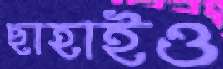
ছাহাইও